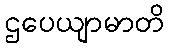
ဌပေယျာမာတိ